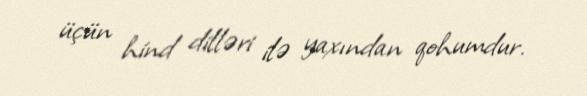
üçün hind dilləri ilə yaxından qohumdur.